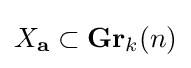
X_{\mathbf {a} }\subset \mathbf {Gr} _{k}(n)